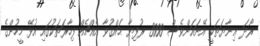
ރޯދަ ޢިނާޔަތަކީ އޭނައަށްވެސް 3000 ރުފިޔާ ޙައްޤުވާ އެއްޗެއް ފިހާރަތަކުގައި އުޅޭ މީހުންގެ